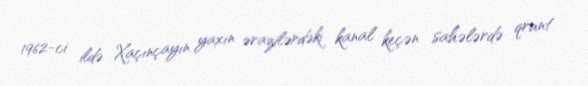
1962-ci ildə Xaçınçayın yaxın ərazilərdəki kanal keçən sahələrdə qrunt